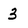
Character: 3